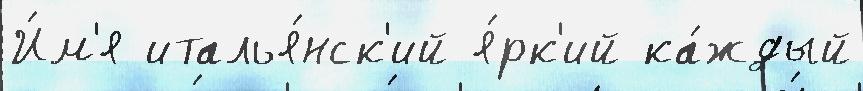
И́м'я италья́нск'ий я́рк'ий ка́ждый